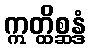
ဣတ္ထိစ္ဆန္ဒံ